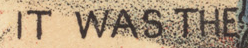
IT WAS THE